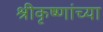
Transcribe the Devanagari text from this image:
श्रीकृष्णांच्या